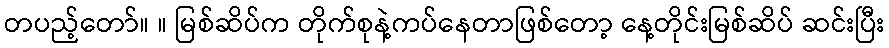
တပည့်တော်။ ။ မြစ်ဆိပ်က တိုက်စုနဲ့ကပ်နေတာဖြစ်တော့ နေ့တိုင်းမြစ်ဆိပ် ဆင်းပြီး